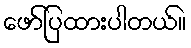
ဖော်ပြထားပါတယ်။